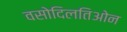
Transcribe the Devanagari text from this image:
वसोदिलतिओन